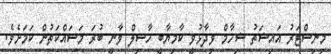
މިނިސްޓަރު އައިޝަތު ޝިހާމް ވިދާޅުވީ ކާމިޔާބީ ހާސިލް ވާނީ ބުރަ މަސައްކަތުން ކަމަށެވެ.